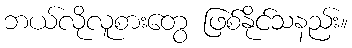
ဘယ်လိုလူစားတွေ ဖြစ်နိုင်သနည်း။